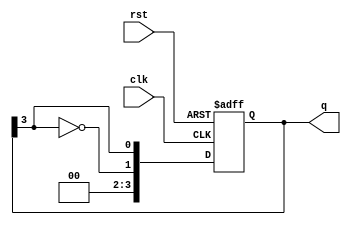
module johnson_counter #(parameter N = 4) (
    input wire clk,
    input wire rst,
    output reg [N-1:0] q
);

    // Initialize the counter
    always @(posedge clk or posedge rst) begin
        if (rst) begin
            q <= 0; // Reset the counter to 0
        end else begin
            // Shift the counter and invert the last flip-flop output
            q <= {~q[N-1], q[N-1:N-1]}; // Shift and invert
        end
    end

endmodule